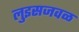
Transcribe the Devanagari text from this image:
लुइसजवळ